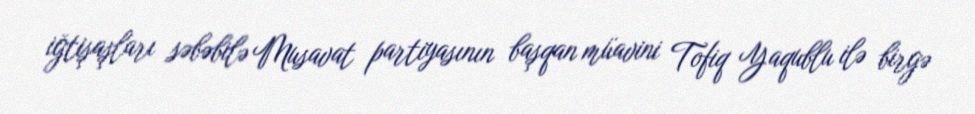
iğtişaşları səbəbilə Musavat partiyasının başqan müavini Tofiq Yaqublu ilə birgə